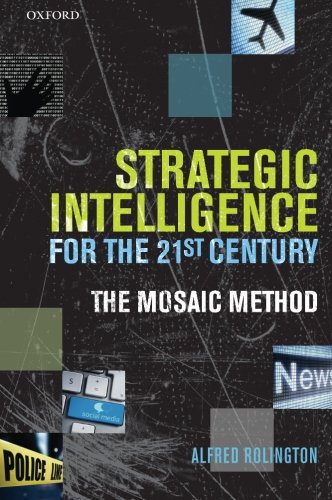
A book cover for Strategic Intelligence for the 21st Century: The Mosaic Method; Alfred Rolington; Law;